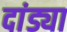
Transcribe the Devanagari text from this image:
दांड्या